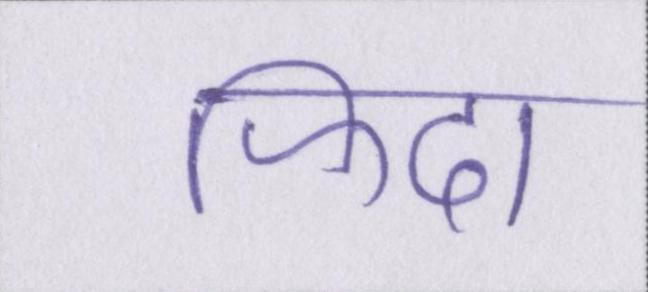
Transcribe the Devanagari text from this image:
फिदा